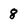
Character: 8